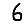
Digit: 6